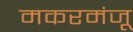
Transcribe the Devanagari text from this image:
मकरमंजू